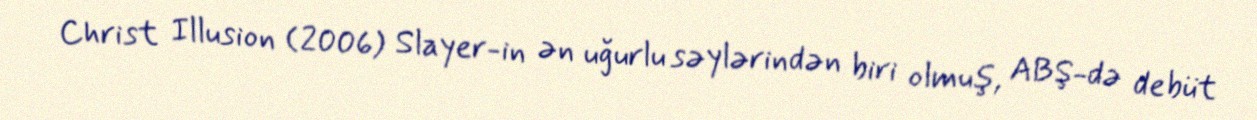
Christ Illusion (2006) Slayer-in ən uğurlu səylərindən biri olmuş, ABŞ-də debüt